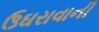
ઉઘરાવાની